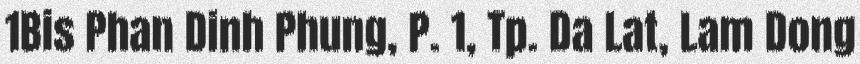
1Bis Phan Dinh Phung, P. 1, Tp. Da Lat, Lam Dong